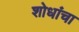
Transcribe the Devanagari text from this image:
शोधांचा